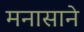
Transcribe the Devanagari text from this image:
मनासाने